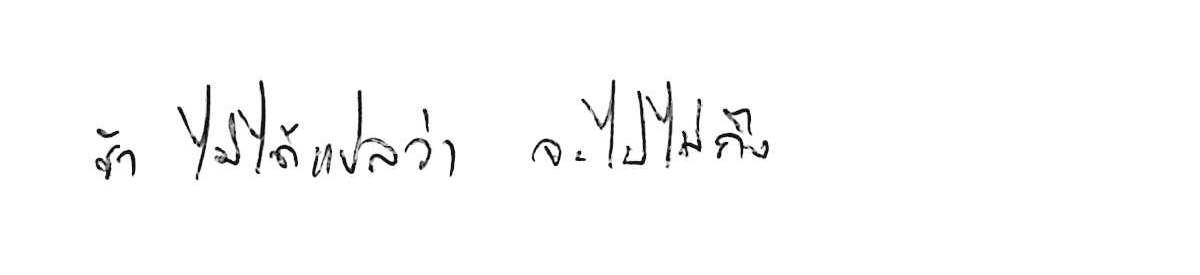
ช้า ไม่ได้แปลว่า จะไปไม่ถึง